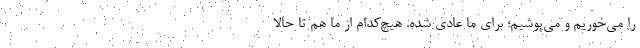
را می‌خوریم و می‌پوشیم؛ برای ما عادی شده. هیچ‌کدام از ما هم تا حالا